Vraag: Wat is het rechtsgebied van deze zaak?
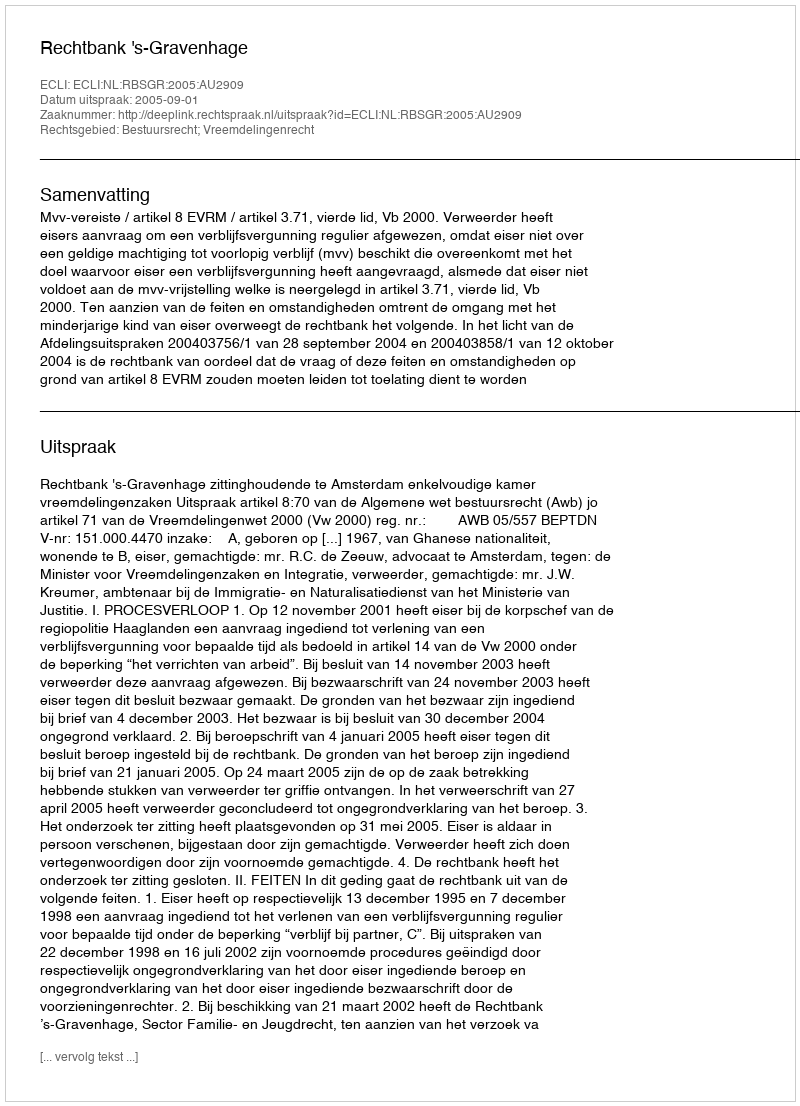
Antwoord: Bestuursrecht; Vreemdelingenrecht